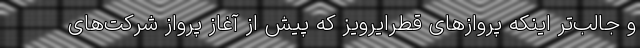
و جالب‌تر اینکه پروازهای قطرایرویز که پیش از آغاز پرواز شرکت‌های